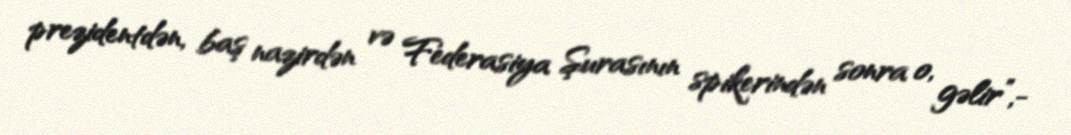
prezidentdən, baş nazirdən və Federasiya Şurasının spikerindən sonra o, gəlir”,-